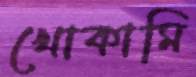
খোকামি